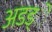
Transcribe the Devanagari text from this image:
अडड्े